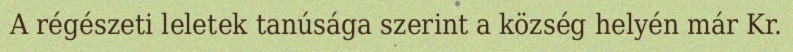
A régészeti leletek tanúsága szerint a község helyén már Kr.